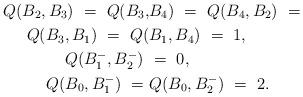
LaTeX: \begin{align*} Q(B_2,B_3) \ = \ Q(B_3,&B_4) \ = \ Q(B_4,B_2) \ = \\ Q(B_3,B_1) \ = \ Q(&B_1,B_4) \ = \ 1, \\ Q(B_1^-,B_2^-) \ &= \ 0, \\ Q(B_0, B_1^-) \ = \ &Q(B_0, B_2^-) \ = \ 2. \end{align*}